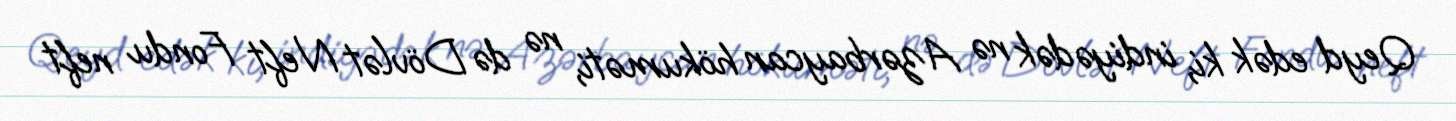
Qeyd edək ki, indiyədək nə Azərbaycan hökuməti, nə də Dövlət Neft Fondu neft